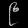
Digit: ၉